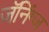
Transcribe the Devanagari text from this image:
जॅनिंग्ज